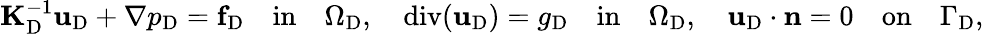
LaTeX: \mathbf{K}_{\mathrm{D}}^{-1}\mathbf{u}_{\mathrm{D}}+\nabla p_{\mathrm{D}}=\mathbf{f}_{\mathrm{D}}{\quad\mathrm{in}\quad}\Omega_{\mathrm{D}},\quad\mathrm{div}(\mathbf{u}_{\mathrm{D}})=g_{\mathrm{D}}{\quad\mathrm{in}\quad}\Omega_{\mathrm{D}},\quad\mathbf{u}_{\mathrm{D}}\cdot{\mathbf{n}}=0{\quad\mathrm{on}\quad}\Gamma_{\mathrm{D}},